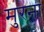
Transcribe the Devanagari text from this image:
मुरना